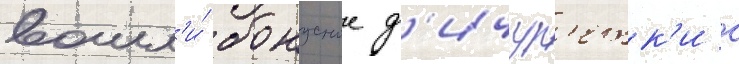
вошл'и́ бонусные ф'ичур'етк'и с